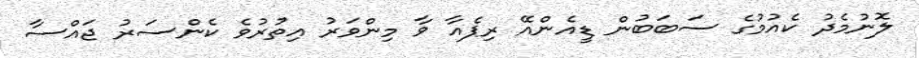
ލޮނުމެދު ކެއުމުގެ ސަބަބުން ޑީއެންއޭ ރިޕެއާ ވާ މިންވަރު އިތުރުވެ ކެންސަރު ޖައްސާ